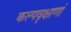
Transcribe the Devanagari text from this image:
कल्पवृक्षाणां